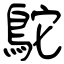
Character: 鴕